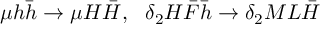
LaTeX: \mu h \bar { h } \rightarrow \mu H \bar { H } , ~ ~ \delta _ { 2 } H \bar { F } \bar { h } \rightarrow \delta _ { 2 } M L \bar { H }